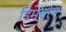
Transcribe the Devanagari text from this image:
डिमेबाग